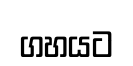
ගහයට